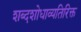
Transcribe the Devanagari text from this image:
शब्दशोधाव्यतिरिक्त